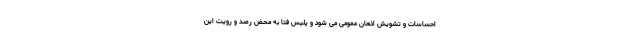
احساسات و تشویش اذهان عمومی می شود و پلیس فتا به محض رصد و رویت این